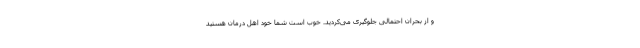
و از بحران احتمالی جلوگیری می‌کردید. خوب است شما خود اهل درمان هستید